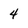
Character: 4